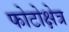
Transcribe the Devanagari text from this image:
फोटोक्षेत्र